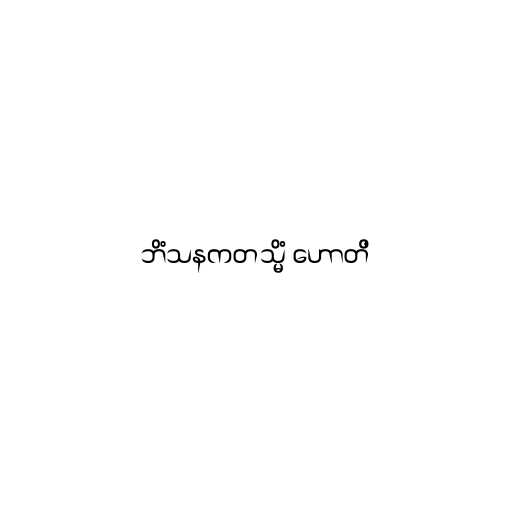
ဘိံသနကတသ္မိံ ဟောတိ